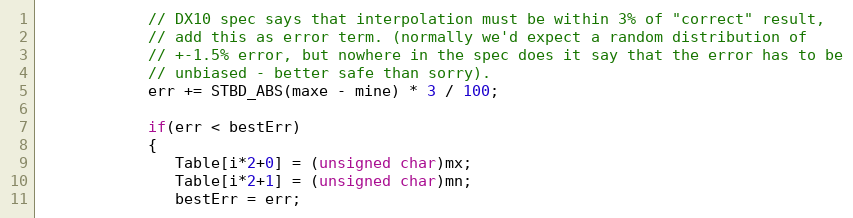
Language: C
            // DX10 spec says that interpolation must be within 3% of "correct" result,
            // add this as error term. (normally we'd expect a random distribution of
            // +-1.5% error, but nowhere in the spec does it say that the error has to be
            // unbiased - better safe than sorry).
            err += STBD_ABS(maxe - mine) * 3 / 100;

            if(err < bestErr)
            {
               Table[i*2+0] = (unsigned char)mx;
               Table[i*2+1] = (unsigned char)mn;
               bestErr = err;